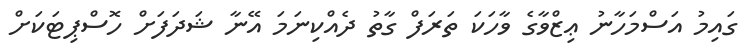
ގައިމު އަސްމަހާނު ޢިޒްވާގެ ވާހަކަ ތަރަފް ގާތު ދެއްކިނަމަ އޭނާ ޝަދަފަށް ހޮސްޕިޓަކަށް